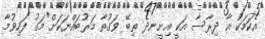
އެކަމަކު އާ ދިރާސާ އަކީ އިށީނދެ ތިބޭ ވަގުތާ މަރުބައްޔަކަށް މަގު ފަހިވުމާ